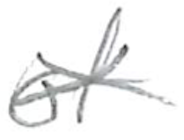
Text: of
Cross-out: cross
Writing tool: pencil